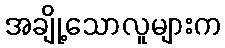
အချို့သောလူများက